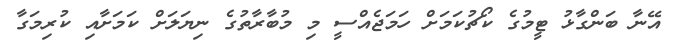
އޭނާ ބަންގާޅު ޓީމުގެ ކޯޗުކަމަށް ހަމަޖެއްސީ މި މުބާރާތުގެ ނިޔަލަށް ކަމަށާއި ކުރިމަގާ